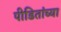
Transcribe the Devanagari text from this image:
पीडितांच्या